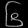
Digit: ၆